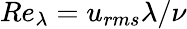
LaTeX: Re_{\lambda}=u_{rms}\lambda/\nu